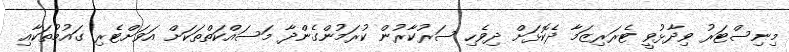
މިނިސްޓަރު ވިދާޅުވީ ޓެރަރިޒަމާ ދެކޮޅަށް ދިވެހި ސަރުކާރުން ކުރަމުންގެންދާ މަސައްކަތްތަކަށް އަވަށްޓެރި ގައުމުތަކާއި